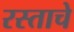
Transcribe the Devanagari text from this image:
रस्ताचे